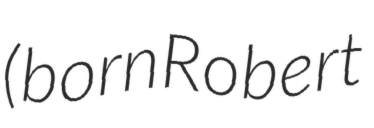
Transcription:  (born Robert